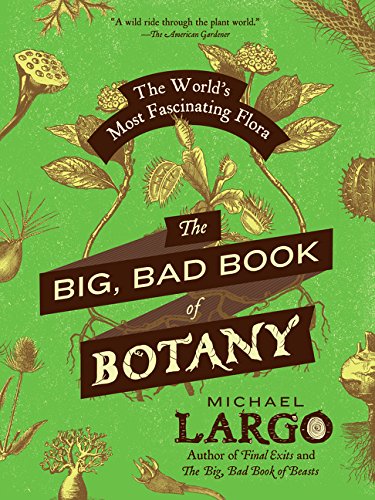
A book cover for The Big, Bad Book of Botany: The World's Most Fascinating Flora; Michael Largo; Humor & Entertainment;